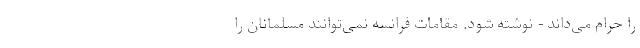
را حرام می‌داند - نوشته شود. مقامات فرانسه نمی‌توانند مسلمانان را